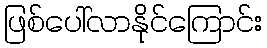
ဖြစ်ပေါ်လာနိုင်ကြောင်း